Annual report on the working of the Harcourt Butler Institute of Public Health, Rangoon
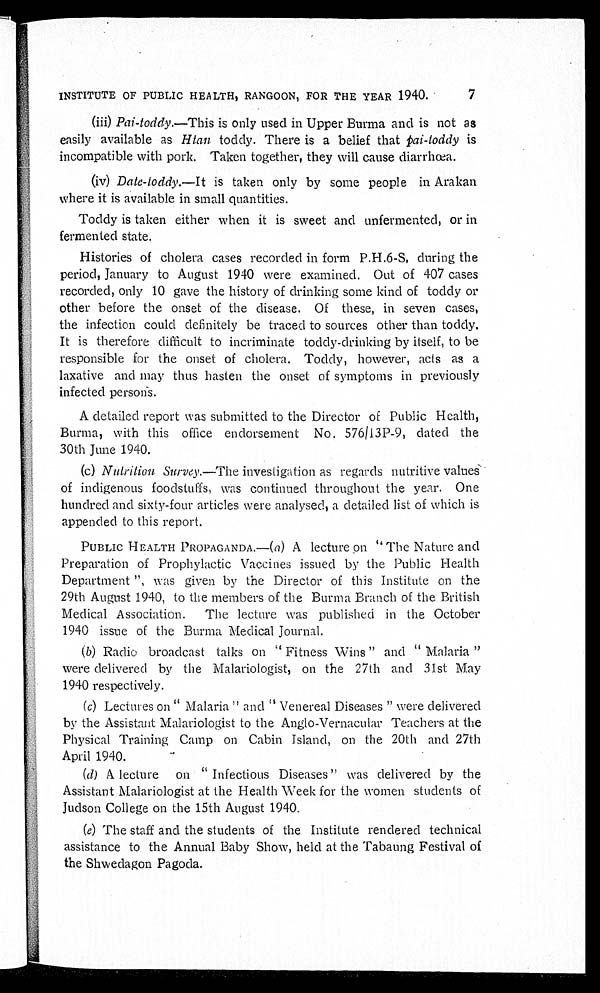
INSTITUTE OF PUBLIC HEALTH, RANGOON, FOR THE YEAR 1940.
7
(iii)
Pai-toddy.—This is only used in Upper Burma and is not as
easily available as Htan toddy. There is a belief that pai-toddy is
incompatible with pork. Taken together, they will cause diarrhœa.
(iv) Date-toddy.— It is taken only by some people in Arakan
where it is available in small quantities.
Toddy is taken either when it is sweet and unfermented, or in
fermented state.
Histories of cholera cases recorded in form P.H.6-S, during the
period, January to August 1940 were examined. Out of 407 cases
recorded, only 10 gave the history of drinking some kind of toddy or
other before the onset of the disease. Of these, in seven cases,
the infection could definitely be traced to sources other than toddy.
It is therefore difficult to incriminate toddy-drinking by itself, to be
responsible for the onset of cholera. Toddy, however, acts as a
laxative and may thus hasten the onset of symptoms in previously
infected persons.
A detailed report was submitted to the Director of Public Health,
Burma, with this office endorsement No. 576/13P-9, dated the
30th June 1940.
(c) Nutrition Survey.—The investigation as regards nutritive values
of indigenous foodstuffs, was continued throughout the year. One
hundred and sixty-four articles were analysed, a detailed list of which is
appended to this report.
PUBLIC HEALTH PROPAGANDA.—(a) A lecture on "The Nature and
Preparation of Prophylactic Vaccines issued by the Public Health
Department", was given by the Director of this Institute on the
29th August 1940, to the members of the Burma Branch of the British
Medical Association. The lecture was published in the October
1940 issue of the Burma Medical Journal.
(b) Radio broadcast talks on "Fitness Wins" and "Malaria"
were delivered by the Malariologist, on the 27th and 31st May
1940 respectively.
(c) Lectures on "Malaria" and "Venereal Diseases" were delivered
by the Assistant Malariologist to the Anglo-Vernacular Teachers at the
Physical Training Camp on Cabin Island, on the 20th and 27th
April 1940.
(d) A lecture on "Infectious Diseases" was delivered by the
Assistant Malariologist at the Health Week for the women students of
Judson College on the 15th August 1940.
(e) The staff and the students of the Institute rendered technical
assistance to the Annual Baby Show, held at the Tabaung Festival of
the Shwedagon Pagoda.